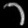
Digit: ၁